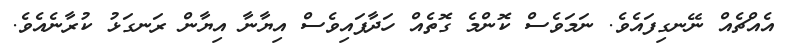
އެއްޗެއް ނޭނގިފައެވެ. ނަމަވެސް ކޮންމެ ގޮތެއް ހަދާފައިވެސް އިޔާނާ އިޔާން ރަނގަޅު ކުރާނެއެވެ.